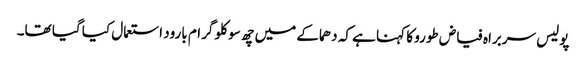
پولیس سربراہ فیاض طورو کا کہنا ہے کہ دھماکے میں چھ سو کلو گرام بارود استعمال کیا گیا تھا۔